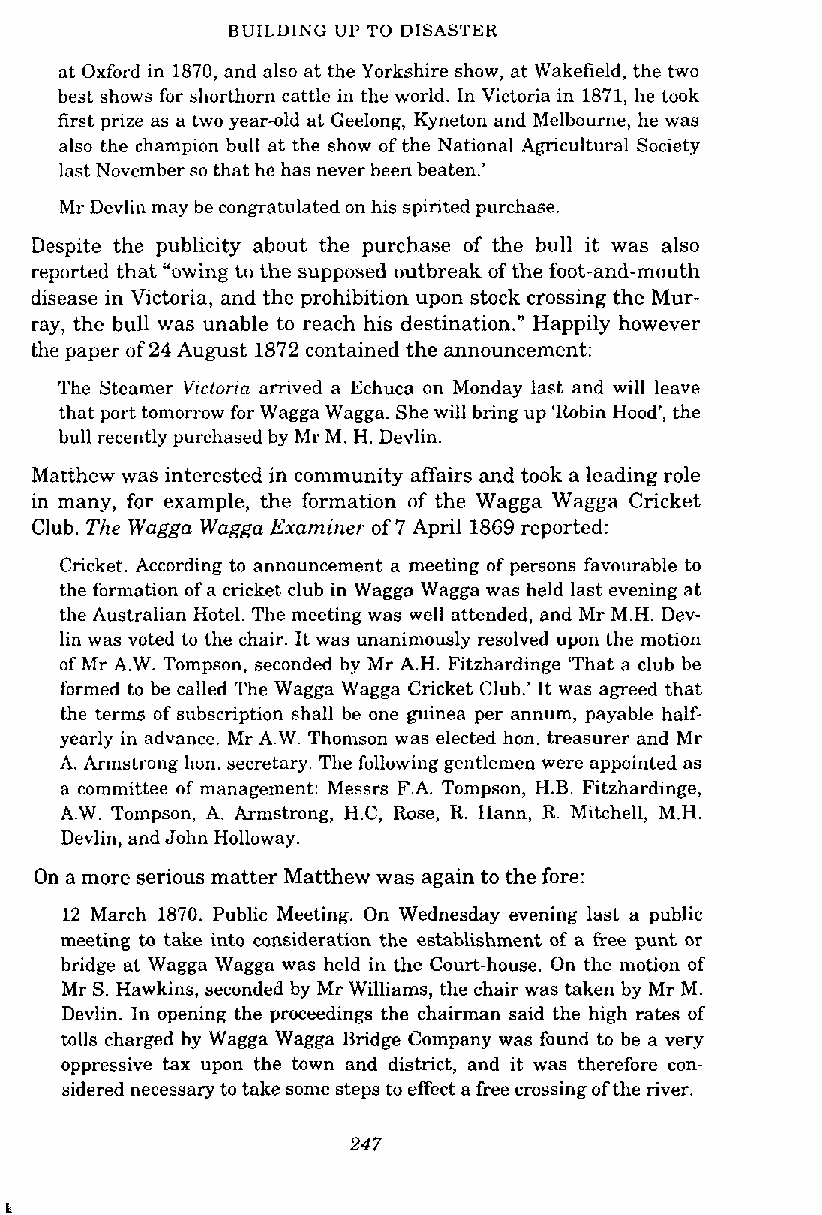
BUILDING UP TO DISASTER
 at Oxford in 1870, and also at the Yorkshire show, at Wakefield, the two
 best shows for shorthorn cattle in the world. In Victoria in 1871, he took
 first prize as a two year-old at Geelong, Kyneton and Melbourne, he was
 also the champion bull at the show of the National Agricultural Society
 last November so that he has never been beaten.'
 Mr Devlin may be congratulated on his spirited purchase.
 Despite the publicity about the purchase of the bull it was also
 reported that "owing to the supposed outbreak of the foot-and-mouth
 disease in Victoria, and the prohibition upon stock crossing the Mur-
 ray, the bull was unable to reach his destination." Happily however
 the paper of 24 August 1872 contained the announcement:
 The Steamer Vdoria arrived a Echuca on Monday last and will leave
 that port tomorrow for Wagga Wagga. She will bring up 'Robin Hood', the
 bull recently purchased by Mr M. H. Devlin.
 Matthew was interested in community affairs and took a leading role
 in many, for example, the formation of the Wagga Wagga Cricket
 Club. The Wagga Wagga Examiner of 7 April 1869 reported:
 Cricket. According to announcement a meeting of persons favourable to
 the formation of a cricket club in Wagga Wagga was held last evening at
 the Australian Hotel. The meeting was well attended, and Mr M.H. Dev-
 lin was voted to the chair. It was unanimously resolved upon the motion
 of Mr A.W. Tompson, seconded by Mr A.H. Fitzhardinge 'That a club be
 formed to be called The Wagga Wagga Cricket Club.' It was agreed that
 the terms of subscription shall be one guinea per annum, payable half-
 yearly in advance. Mr A.W. Thomson was elected hon. treasurer and Mr
 A. Armstrong hon, secretary. The following gentlemen were appointed as
 a committee of management: Messrs F.A. Tompson, H.B. Fitzhardinge,
 A.W. Tompson, A. Armstrong, H.C, Rose, R. Hann, R. Mitchell, M.H.
 Devlin, and John Holloway.
 On a more serious matter Matthew was again to the fore:
 12 March 1870. Public Meeting. On Wednesday evening last a public
 meeting to take into consideration the establishment of a free punt or
 bridge at Wagga Wagga was held in the Court-house. On the motion of
 Mr S. Hawkins, seconded by Mr Williams, the chair was taken by Mr M.
 Devlin. In opening the proceedings the chairman said the high rates of
 tolls charged by Wagga Wagga Bridge Company was found to be a very
 oppressive tax upon the town and district, and it was therefore con-
 sidered necessary to take some steps to effect a free crossing of the river.